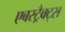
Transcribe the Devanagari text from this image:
एबस्ट्रैक्ट्स